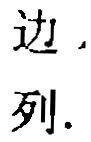
边, 列.